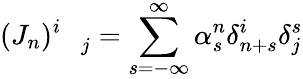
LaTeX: (J_{n})_{\quad j}^{i}=\sum_{s=-\infty}^{\infty}\alpha_{s}^{n}\delta_{n+s}^{i}\delta_{j}^{s}